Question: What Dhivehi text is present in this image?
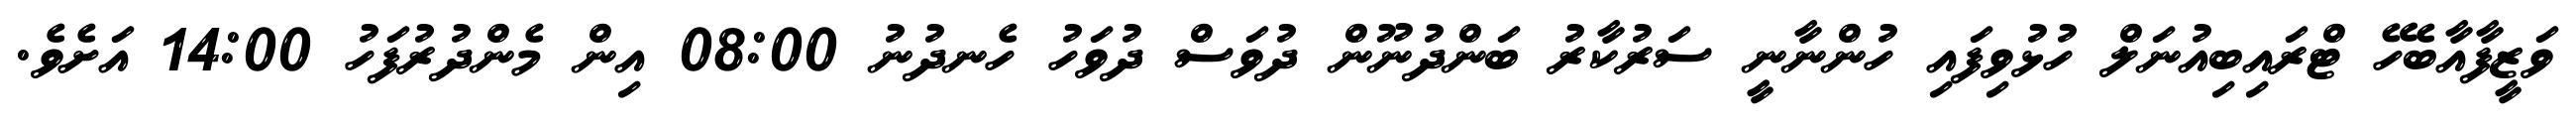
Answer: ވަޒީފާއާބެހޭ ޓްރައިބިއުނަލް ހުޅުވިފައި ހުންނާނީ ސަރުކާރު ބަންދުނޫން ދުވަސް ދުވަހު ހެނދުނު 08:00 އިން މެންދުރުފަހު 14:00 އަށެވެ.